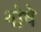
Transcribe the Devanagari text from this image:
गोषे